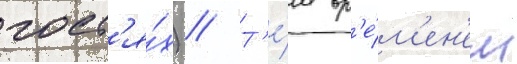
гост'я́х) // Т'е́м вр'е́м'ен'ем